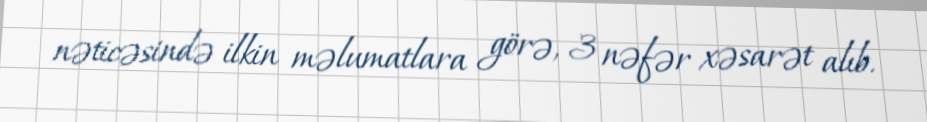
nəticəsində ilkin məlumatlara görə, 3 nəfər xəsarət alıb.